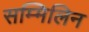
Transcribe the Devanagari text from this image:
सम्मिलिन